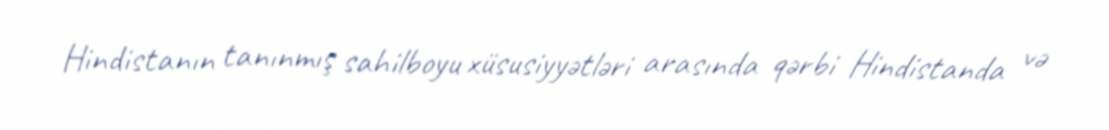
Hindistanın tanınmış sahilboyu xüsusiyyətləri arasında qərbi Hindistanda və